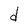
Character: d